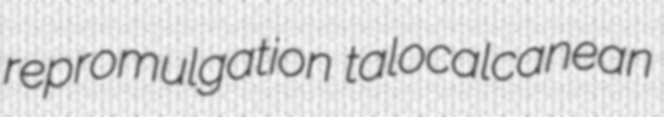
repromulgation talocalcanean